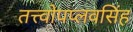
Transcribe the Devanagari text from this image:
तत्त्वोपप्लवसिंह